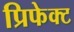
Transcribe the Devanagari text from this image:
प्रिफेक्ट